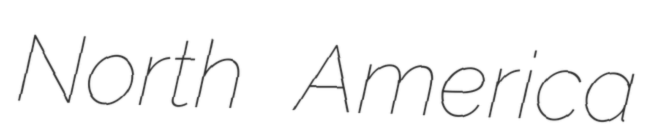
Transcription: North America